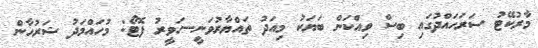
މާރުކޭޓު ސަރަހައްދުގައި ބިސް ވިއްކަން ބަޔަކު މިއަދު ތައްޔާރުވަނީ--ހަވީރު ފޮޓޯ: މުހައްމަދު ޝަރުހާން